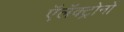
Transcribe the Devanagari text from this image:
ऍलॅक्ट्रोनों